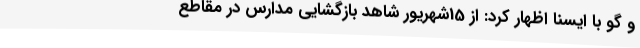
و گو با ایسنا اظهار کرد: از 15شهریور شاهد بازگشایی مدارس در مقاطع